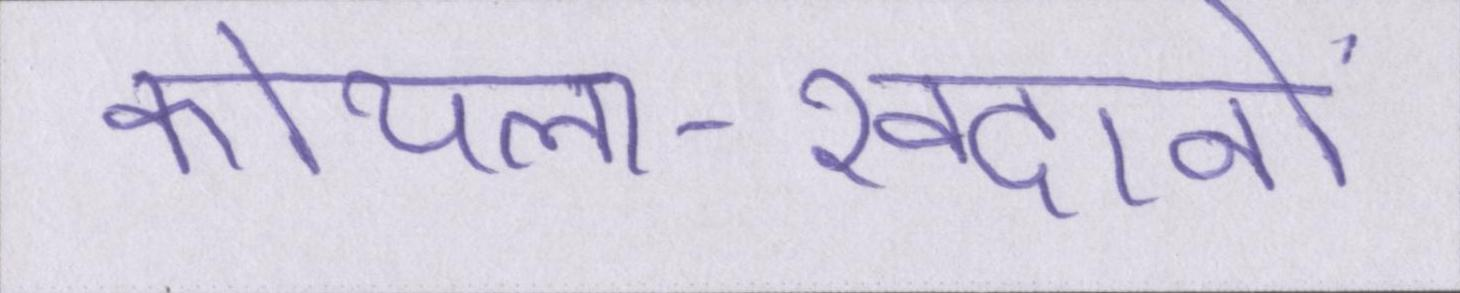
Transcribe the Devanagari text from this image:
कोयला-खदानों